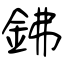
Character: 鉘